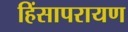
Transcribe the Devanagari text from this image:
हिंसापरायण